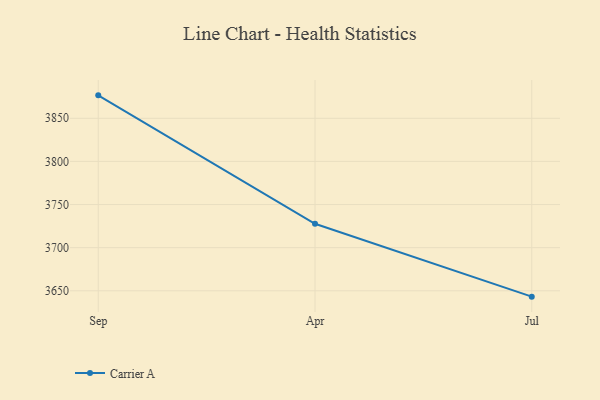
{"axis": {"x": "Month", "y": "Production Output"}, "legend": ["Carrier A"], "data": [{"x": "Sep", "y": 3876.6, "type": "Carrier A"}, {"x": "Apr", "y": 3727.7, "type": "Carrier A"}, {"x": "Jul", "y": 3643.2, "type": "Carrier A"}]}